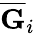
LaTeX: \overline{{\mathbf{G}}}_{i}